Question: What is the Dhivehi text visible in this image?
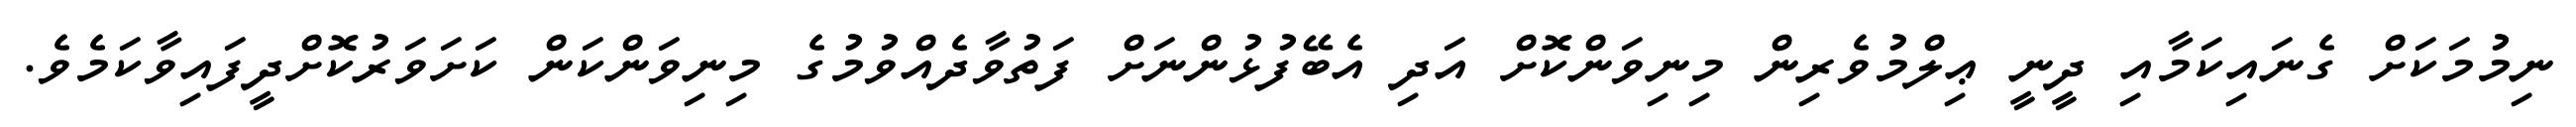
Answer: ނިމުމަކަށް ގެނައިކަމާއި ދީނީ ޢިލްމުވެރިން މިނިވަންކޮށް އަދި އެބޭފުޅުންނަށް ފަތުވާދެއްވުމުގެ މިނިވަންކަން ކަށަވަރުކޮށްދީފައިވާކަމެވެ.